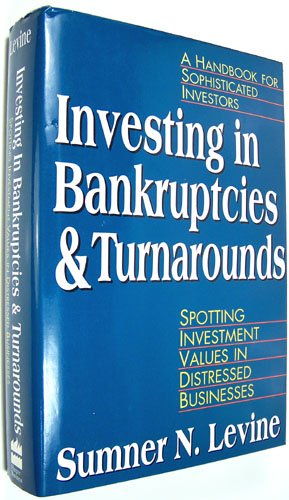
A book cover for Investing in Bankruptcies and Turnarounds: Spotting Investment Values in Distressed Businesses; Sumner N. Levine; Business & Money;